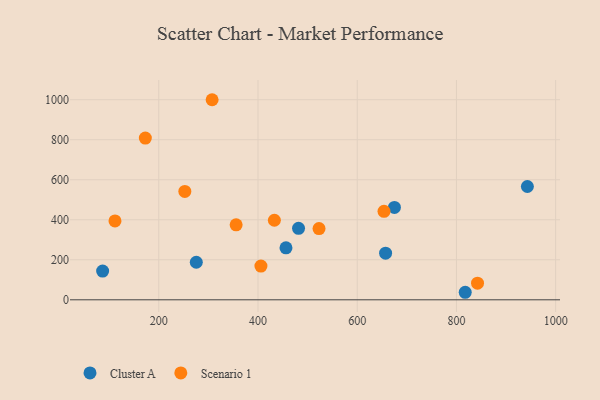
{"axis": {"x": "Study Hours", "y": "Salary"}, "legend": ["Cluster A", "Scenario 1"], "data": [{"x": "456.4", "y": 259.9, "type": "Cluster A"}, {"x": "275.6", "y": 187.6, "type": "Cluster A"}, {"x": "657.2", "y": 233.0, "type": "Cluster A"}, {"x": "943.0", "y": 566.2, "type": "Cluster A"}, {"x": "86.8", "y": 143.7, "type": "Cluster A"}, {"x": "817.7", "y": 37.6, "type": "Cluster A"}, {"x": "481.7", "y": 357.0, "type": "Cluster A"}, {"x": "675.0", "y": 461.7, "type": "Cluster A"}, {"x": "654.0", "y": 442.3, "type": "Scenario 1"}, {"x": "405.9", "y": 168.6, "type": "Scenario 1"}, {"x": "172.9", "y": 808.3, "type": "Scenario 1"}, {"x": "433.0", "y": 397.6, "type": "Scenario 1"}, {"x": "111.7", "y": 394.4, "type": "Scenario 1"}, {"x": "355.9", "y": 374.9, "type": "Scenario 1"}, {"x": "252.5", "y": 541.8, "type": "Scenario 1"}, {"x": "523.0", "y": 356.2, "type": "Scenario 1"}, {"x": "842.5", "y": 83.2, "type": "Scenario 1"}, {"x": "307.5", "y": 999.9, "type": "Scenario 1"}]}